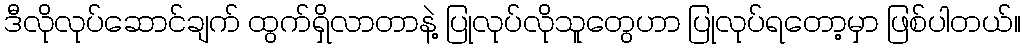
ဒီလိုလုပ်ဆောင်ချက် ထွက်ရှိလာတာနဲ့ ပြုလုပ်လိုသူတွေဟာ ပြုလုပ်ရတော့မှာ ဖြစ်ပါတယ်။